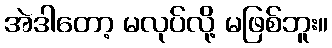
အဲဒါတော့ မလုပ်လို့ မဖြစ်ဘူး။